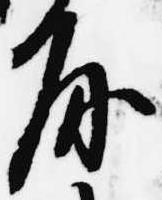
房